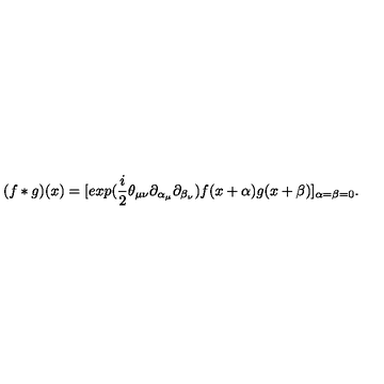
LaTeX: ( f * g ) ( x ) = [ e x p ( \frac { i } { 2 } \theta _ { \mu \nu } \partial _ { \alpha _ { \mu } } \partial _ { \beta _ { \nu } } ) f ( x + \alpha ) g ( x + \beta ) ] _ { \alpha = \beta = 0 } .